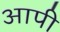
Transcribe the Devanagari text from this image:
आपी